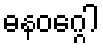
ဓနဝဂ္ဂေါ